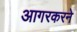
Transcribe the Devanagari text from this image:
आगरकरने